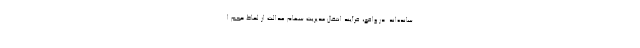
سانده‌اند. در واقع، فرآیند انتقال مدیریت سهام عدالت از لحاظ حجم ا